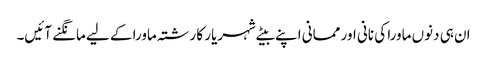
ان ہی دنوں ماورا کی نانی اور ممانی اپنے بیٹے شہریار کا رشتہ ماورا کے لیے مانگنے آئیں۔